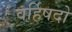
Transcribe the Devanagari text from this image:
वर्हिषदो